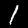
Label: 1